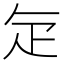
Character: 𭻾